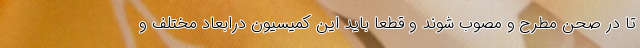
تا در صحن مطرح و مصوب شوند و قطعا باید این کمیسیون درابعاد مختلف و